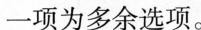
一项为多余选项.